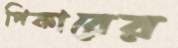
পিকারের